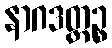
နာဂဒတ္တဉ္စ